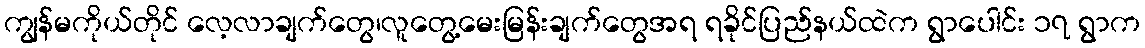
ကျွန်မကိုယ်တိုင် လေ့လာချက်တွေ၊လူတွေ့မေးမြန်းချက်တွေအရ ရခိုင်ပြည်နယ်ထဲက ရွာပေါင်း ၁၇ ရွာက